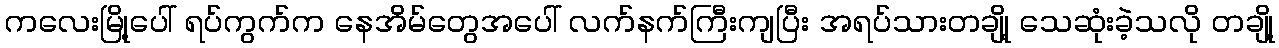
ကလေးမြို့ပေါ် ရပ်ကွက်က နေအိမ်တွေအပေါ် လက်နက်ကြီးကျပြီး အရပ်သားတချို့ သေဆုံးခဲ့သလို တချို့